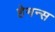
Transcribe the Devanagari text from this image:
हेमन्स